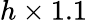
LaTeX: h\times 1.1